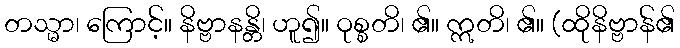
တသ္မာ၊ ကြောင့်။ နိဗ္ဗာနန္တိ၊ ဟူ၍။ ဝုစ္စတိ၊ ၏။ ဣတိ၊ ၏။ (ထိုနိဗ္ဗာန်၏